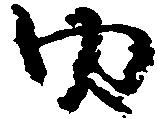
内